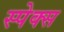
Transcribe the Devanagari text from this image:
स्पेक्स